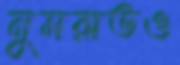
নুসরাতও